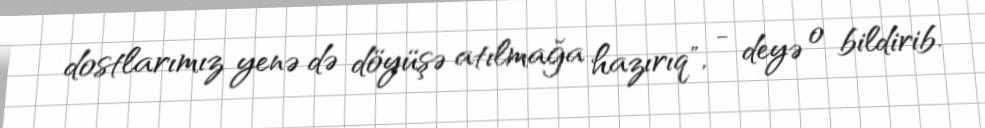
dostlarımız yenə də döyüşə atılmağa hazırıq", - deyə o bildirib.